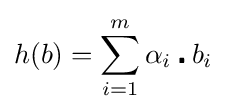
h(b)=\sum _{i=1}^{m}\alpha _{i}\centerdot b_{i}